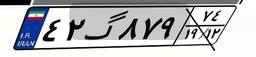
۴۲گ۸۷۹۷۴